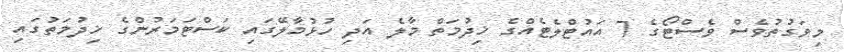
މިވަގުތުވެސް ވެސްޓޯގެ 7 އައުޓްލެޓެއްގެ ޚިދުމަތް މާލެ އަދި ހުޅުމާލޭގައި ކަސްޓަމަރުންގެ ޚިދުމަތުގައި